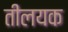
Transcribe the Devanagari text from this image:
तीलयक